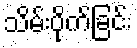
သိမ်းပိုက်ခြင်း